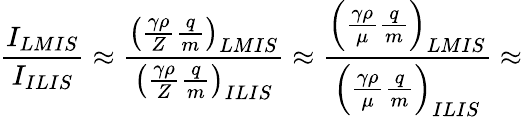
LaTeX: \frac{I_{LMIS}}{I_{ILIS}}\approx\frac{\left(\frac{\gamma\rho}{Z}\frac{q}{m}\right)_{LMIS}}{\left(\frac{\gamma\rho}{Z}\frac{q}{m}\right)_{ILIS}}\approx\frac{\left(\frac{\gamma\rho}{\mu}\frac{q}{m}\right)_{LMIS}}{\left(\frac{\gamma\rho}{\mu}\frac{q}{m}\right)_{ILIS}}\approx